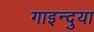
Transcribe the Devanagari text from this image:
गाइन्दुया